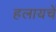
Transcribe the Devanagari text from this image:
हलायचें